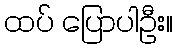
ထပ် ပြောပါဦး။